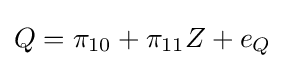
Q=\pi _{10}+\pi _{11}Z+e_{Q}